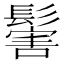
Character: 𩮝